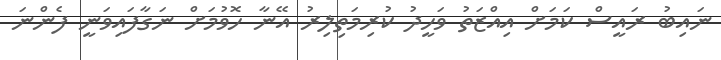
ނައިބު ރައީސް ކަމަށް އިއްޒަތު ވަހީދު ކުރިމަތިލިރު އޭނާ ހޮވުމަށް ނަގާފައިވަނީ ފެންނަ